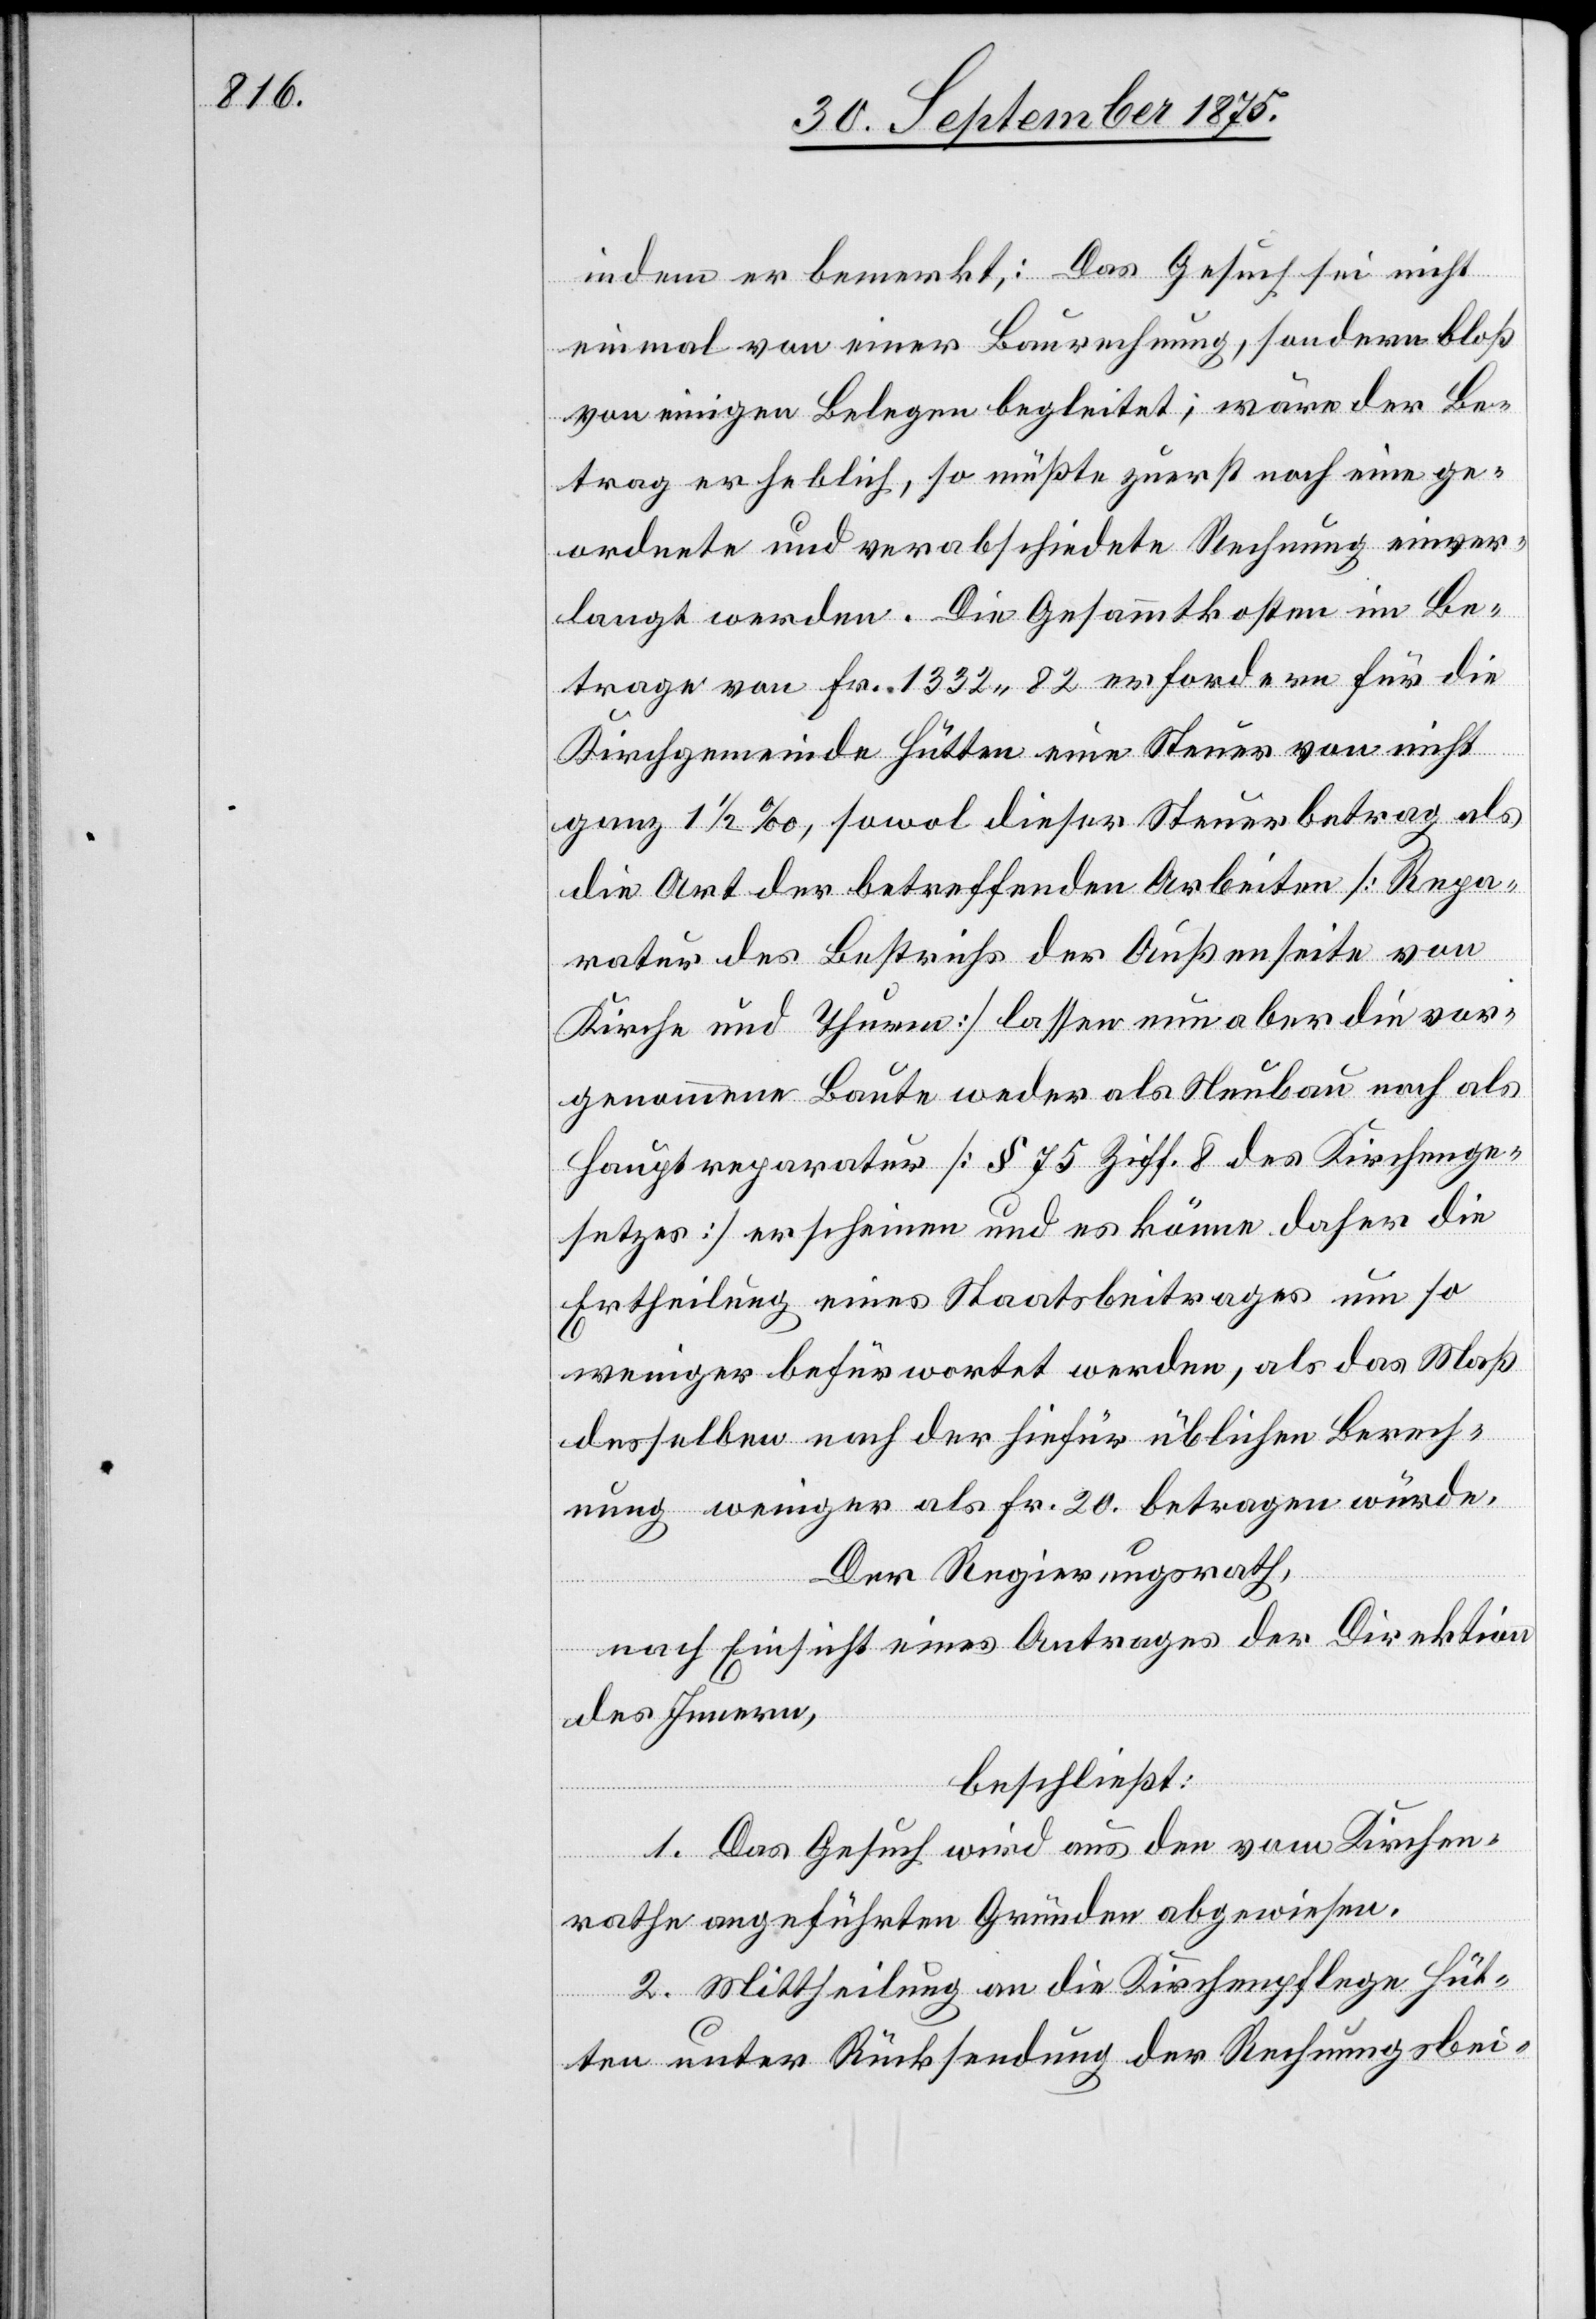
indem er bemerkt: Das Gesuch sei nicht
einmal von einer Baurechnung, sondern bloß
von einigen Belegen begleitet; wäre der Be¬
trag erheblich, so müßte zuerst noch eine ge¬
ordnete und verabschiedete Rechnung einver¬
langt werden. Die Gesammtkosten im Be¬
trage von Fr. 1332 82 [sic!] erfordern für die
Kirchgemeinde Hütten eine Steuer von nicht
ganz 1 1/2‰, sowol dieser Steuerbetrag als
die Art der betreffenden Arbeiten [Repa¬
ratur des Bestrichs der Außenseite von
Kirche und Thurm] lassen nun aber die vor¬
genommene Baute weder als Neubau nach [s¬
Hauptreparatur [§ 75 Ziff. 8 des Kirchenge¬
setzes] erscheinen und es könne daher die
Ertheilung eines Staatsbeitrages um so
weniger befürwortet werden, als das Maß
desselben nach der hiefür üblichen Berech¬
nung weniger als Fr. 20 betragen würde.
Der Regierungsrath,
nach Einsicht eines Antrages der Direktion
des Innern,
ic!]
beschließt:
1. Das Gesuch wird aus den vom Kirchen¬
rathe angeführten Gründen abgewiesen.
2. Mittheilung an die Kirchenpflege Hüt¬
ten unter Rücksendung der Rechnungsbei-